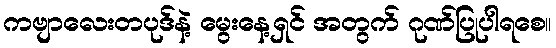
ကဗျာလေးတပုဒ်နဲ့ မွေးနေ့ရှင် အတွက် ဂုဏ်ပြုပါရစေ။